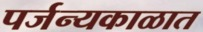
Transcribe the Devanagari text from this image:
पर्जन्यकाळात